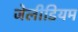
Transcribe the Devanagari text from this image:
जेलीडियम